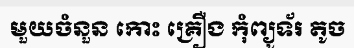
មួយចំនួន កោះ គ្រឿង កុំព្យូទ័រ តូច